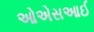
ઓએસઆઈ